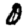
Digit: 0